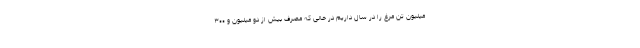
میلیون تن مرغ را در سال داریم در حالی که مصرف بیش از دو میلیون و ۳۰۰